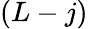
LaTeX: (L-j)